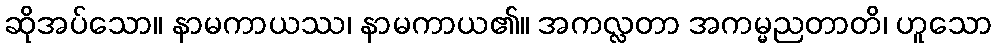
ဆိုအပ်သော။ နာမကာယဿ၊ နာမကာယ၏။ အကလ္လတာ အကမ္မညတာတိ၊ ဟူသော